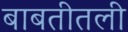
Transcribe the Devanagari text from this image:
बाबतीतली